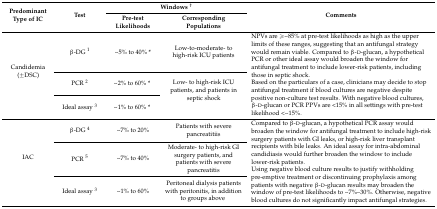
<table><thead><tr><td rowspan="2"><b>Predominant Type of IC</b></td><td rowspan="2"><b>Test</b></td><td colspan="2"><b>Windows <sup>†</sup></b></td><td rowspan="2"><b>Comments</b></td></tr><tr><td><b>Pre-test Likelihoods</b></td><td><b>Corresponding Populations</b></td></tr></thead><tbody><tr><td rowspan="3">Candidemia (±DSC)</td><td>β-DG <sup>1</sup></td><td>~5% to 40% *</td><td>Low-to-moderate- to high-risk ICU patients</td><td rowspan="3">NPVs are ≥~85% at pre-test likelihoods as high as the upper limits of these ranges, suggesting that an antifungal strategy would remain viable. Compared to β-d-glucan, a hypothetical PCR or other ideal assay would broaden the window for antifungal treatment to include lower-risk patients, including those in septic shock.Based on the particulars of a case, clinicians may decide to stop antifungal treatment if blood cultures are negative despite positive non-culture test results. With negative blood cultures, β-d-glucan or PCR PPVs are &lt;15% in all settings with pre-test likelihood &lt;~15%.</td></tr><tr><td>PCR <sup>2</sup></td><td>~2% to 60% *</td><td rowspan="2">Low- to high-risk ICU patients, and patients in septic shock</td></tr><tr><td>Ideal assay <sup>3</sup></td><td>~1% to 60% *</td></tr><tr><td rowspan="3">IAC</td><td>β-DG <sup>4</sup></td><td>~7% to 20%</td><td>Patients with severe pancreatitiis</td><td rowspan="3">Compared to β-d-glucan, a hypothetical PCR assay would broaden the window for antifungal treatment to include high-risk surgery patients with GI leaks, or high-risk liver transplant recipients with bile leaks. An ideal assay for intra-abdominal candidiasis would further broaden the window to include lower-risk patients.Using negative blood culture results to justify withholding pre-emptive treatment or discontinuing prophylaxis among patients with negative β-d-glucan results may broaden the window of pre-test likelihoods to ~7%–30%. Otherwise, negative blood cultures do not significantly impact antifungal strategies.</td></tr><tr><td>PCR <sup>5</sup></td><td>~7% to 40%</td><td>Moderate- to high-risk GI surgery patients, and patients with severe pancreatitis</td></tr><tr><td>Ideal assay <sup>3</sup></td><td>~1% to 60%</td><td>Peritoneal dialysis patients with peritonitis, in addition to groups above</td></tr></tbody></table>